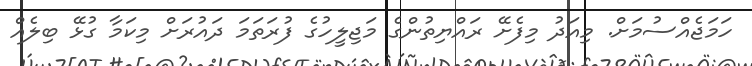
ހަމަޖެއްސުމަށް. މިއަދު މިފެށޭ ރައްޔިތުންގެ މަޖިލީހުގެ ފުރަތަމަ ދައުރަށް މިކަމާ ގުޅޭ ބިލެއް